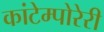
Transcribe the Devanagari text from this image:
कांटेम्पोरेरी